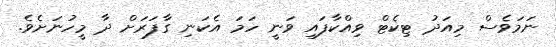
ނަމަވެސް މިއަދު ޓިކެޓް ވިއްކާފައި ވަނީ ހަމަ އެކަނި ގާފަރަށް ދާ މީހުނަށެވެ.